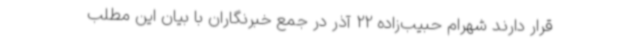
قرار دارند شهرام حبیب‌زاده 22 آذر در جمع خبرنگاران با بیان این مطلب